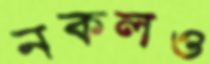
নকলও